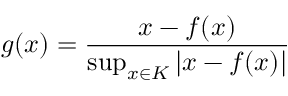
g ( x ) = { \frac { x - f ( x ) } { \operatorname* { s u p } _ { x \in K } \left| x - f ( x ) \right| } }